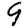
Digit: 9